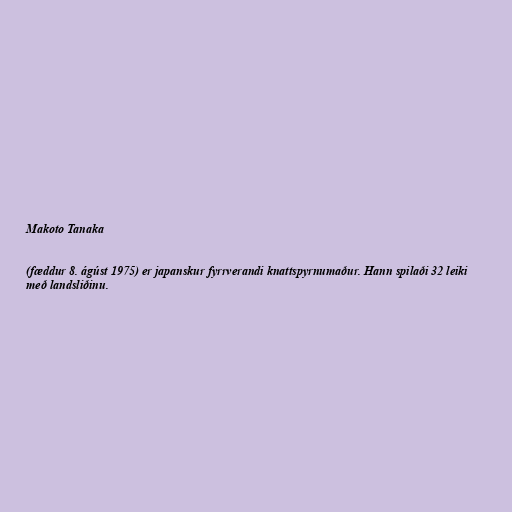
Makoto Tanaka

(fæddur 8. ágúst 1975) er japanskur fyrrverandi knattspyrnumaður. Hann spilaði 32 leiki
með landsliðinu.